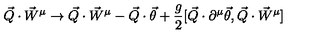
\vec { Q } \cdot \vec { W } ^ { \mu } \rightarrow \vec { Q } \cdot \vec { W } ^ { \mu } - \vec { Q } \cdot \vec { \theta } + \frac { g } { 2 } [ \vec { Q } \cdot \partial ^ { \mu } \vec { \theta } , \vec { Q } \cdot { \vec { W } } ^ { \mu } ]